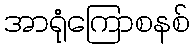
အာရုံကြောစနစ်